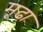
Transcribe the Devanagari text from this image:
मूढा़